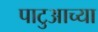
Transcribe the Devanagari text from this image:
पाटुआच्या